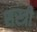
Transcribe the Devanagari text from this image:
शस्त्री